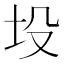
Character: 坄